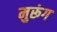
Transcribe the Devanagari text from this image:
मुरूंग